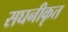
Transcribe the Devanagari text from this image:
सघनीकृत